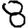
Digit: 8